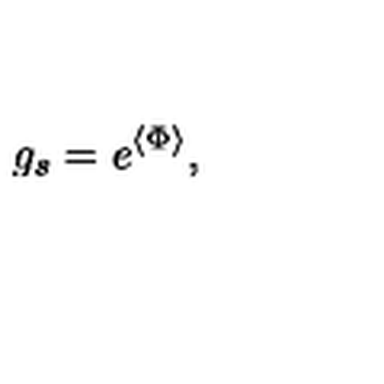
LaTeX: g _ { s } = e ^ { \langle \Phi \rangle } ,